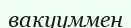
вакууммен